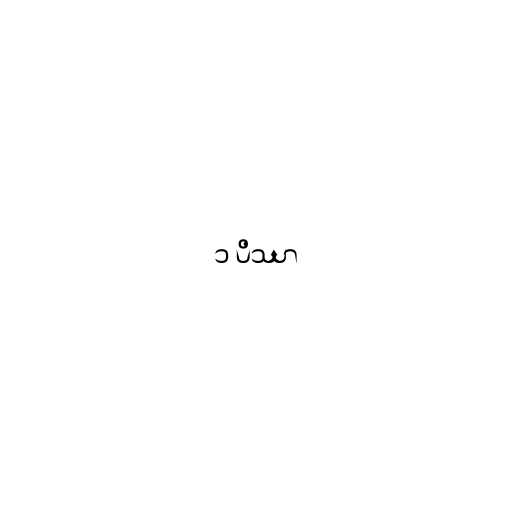
၁ ပိဿာ